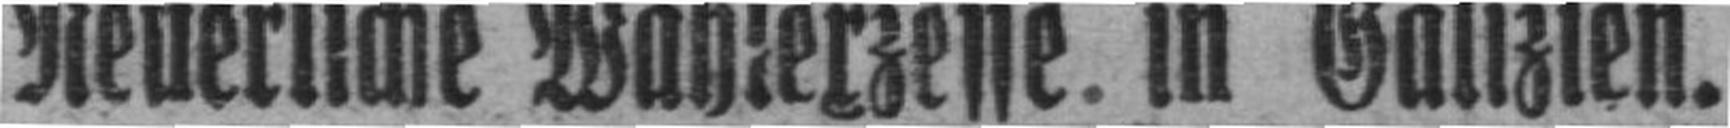
Neuerliche Wahlerzesse. in Galizien.